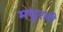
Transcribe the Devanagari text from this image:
मधुरली